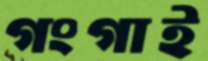
গংগাই